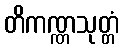
တိကဏ္ဏသုတ္တံ